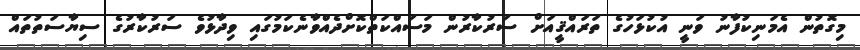
މިގޮތުން އެމަނިކުފާނު ވަނީ އުކުޅަހުގެ ތަރައްޤީއަށް ސަރުކާރުން މަސައްކަތްކޮށްދެއްވާނެކަމުގައި ވިދާޅުވެ ސަރުކާރުގެ ސިޔާސަތުތައް